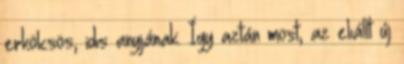
erkölcsös, idıs anyjának. Így aztán most, az elıállt új